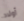
أولاد